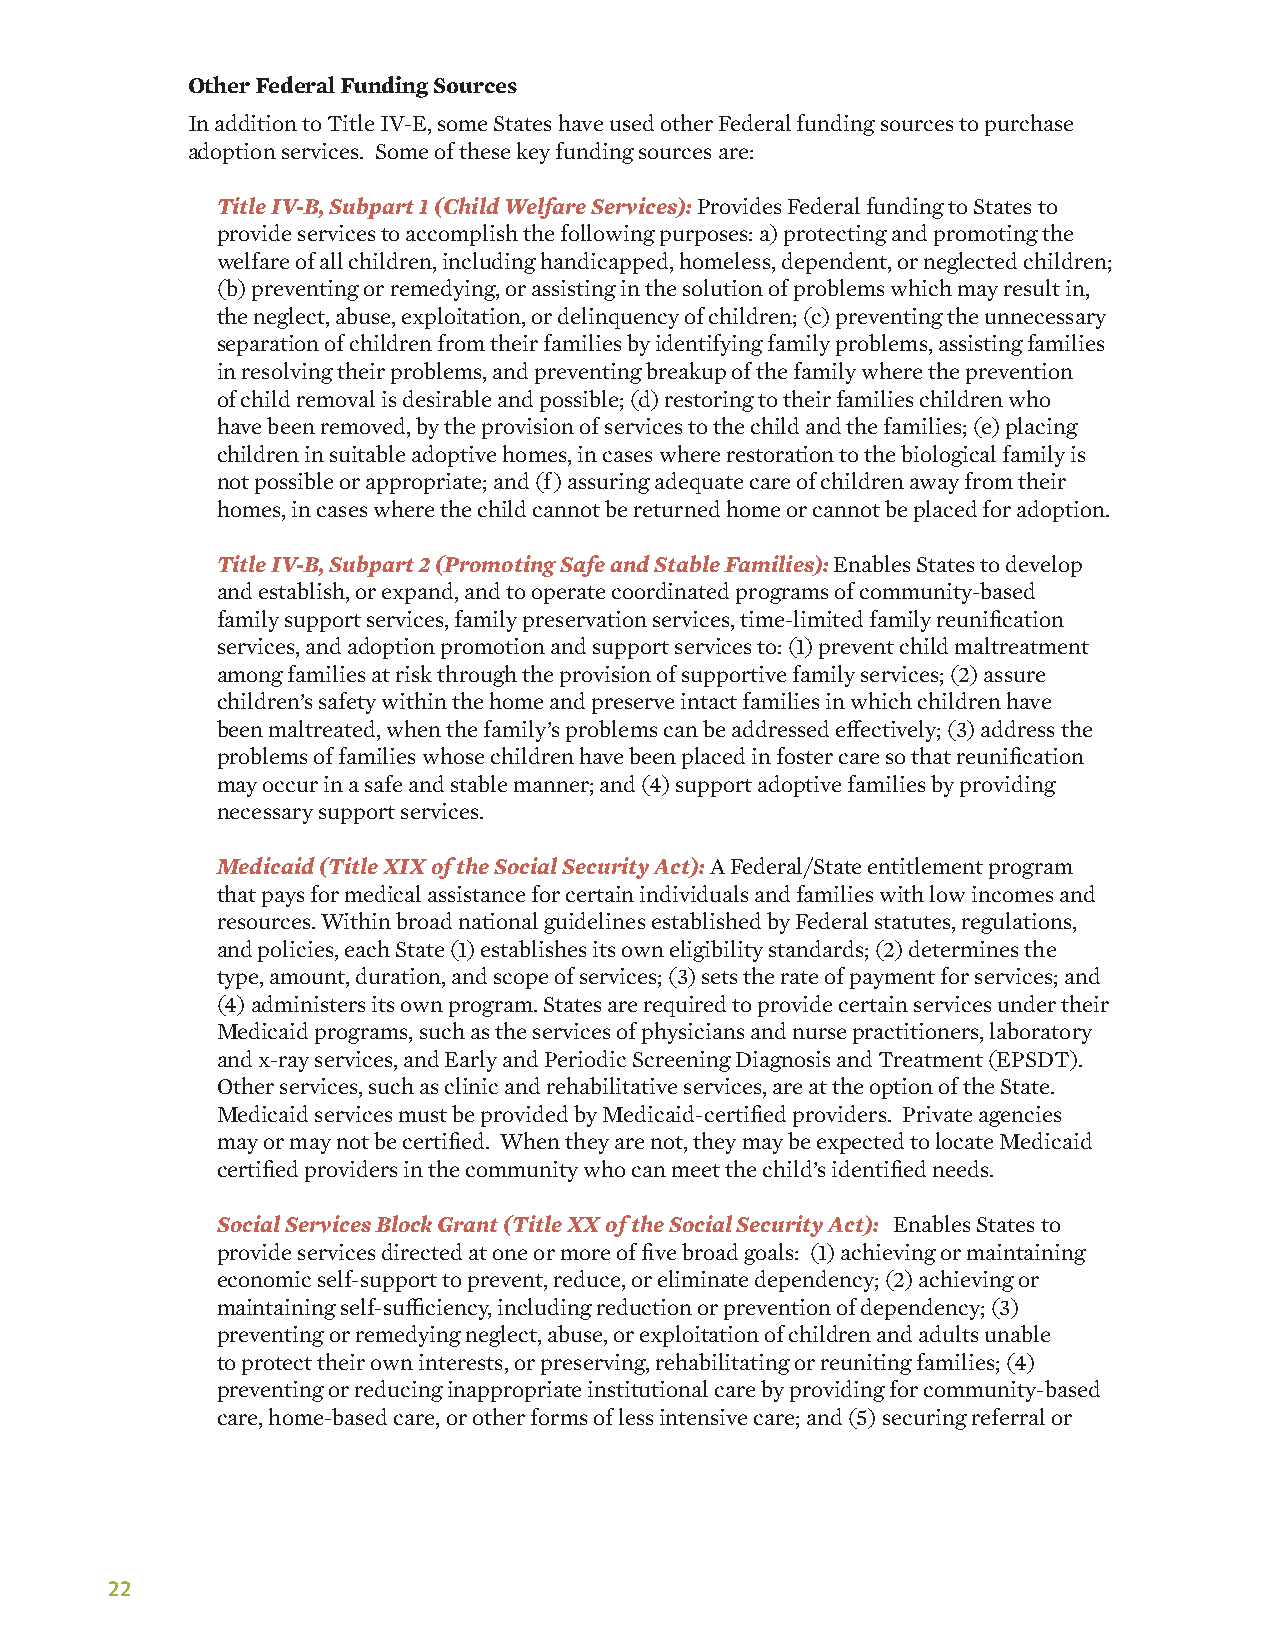
Other Federal Funding Sources
 In addition to Title IV-E, some States have used other Federal funding sources to purchase
 adoption services. Some of these key funding sources are:
 Title IV-B, Subpart 1 (Child Welfare Services): Provides Federal funding to States to
 provide services to accomplish the following purposes: a) protecting and promoting the
 welfare of all children, including handicapped, homeless, dependent, or neglected children;
 (b) preventing or remedying, or assisting in the solution of problems which may result in,
 the neglect, abuse, exploitation, or delinquency of children; (c) preventing the unnecessary
 separation of children from their families by identifying family problems, assisting families
 in resolving their problems, and preventing breakup of the family where the prevention
 of child removal is desirable and possible; (d) restoring to their families children who
 have been removed, by the provision of services to the child and the families; (e) placing
 children in suitable adoptive homes, in cases where restoration to the biological family is
 not possible or appropriate; and (f) assuring adequate care of children away from their
 homes, in cases where the child cannot be returned home or cannot be placed for adoption.
 Title IV-B, Subpart 2 (Promoting Safe and Stable Families): Enables States to develop
 and establish, or expand, and to operate coordinated programs of community-based
 family support services, family preservation services, time-limited family reunification
 services, and adoption promotion and support services to: (1) prevent child maltreatment
 among families at risk through the provision of supportive family services; (2) assure
 children’s safety within the home and preserve intact families in which children have
 been maltreated, when the family’s problems can be addressed effectively; (3) address the
 problems of families whose children have been placed in foster care so that reunification
 may occur in a safe and stable manner; and (4) support adoptive families by providing
 necessary support services.
 Medicaid (Title XIX of the Social Security Act): A Federal/State entitlement program
 that pays for medical assistance for certain individuals and families with low incomes and
 resources. Within broad national guidelines established by Federal statutes, regulations,
 and policies, each State (1) establishes its own eligibility standards; (2) determines the
 type, amount, duration, and scope of services; (3) sets the rate of payment for services; and
 (4) administers its own program. States are required to provide certain services under their
 Medicaid programs, such as the services of physicians and nurse practitioners, laboratory
 and x-ray services, and Early and Periodic Screening Diagnosis and Treatment (EPSDT).
 Other services, such as clinic and rehabilitative services, are at the option of the State.
 Medicaid services must be provided by Medicaid-certified providers. Private agencies
 may or may not be certified. When they are not, they may be expected to locate Medicaid
 certified providers in the community who can meet the child’s identified needs.
 Social Services Block Grant (Title XX of the Social Security Act): Enables States to
 provide services directed at one or more of five broad goals: (1) achieving or maintaining
 economic self-support to prevent, reduce, or eliminate dependency; (2) achieving or
 maintaining self-sufficiency, including reduction or prevention of dependency; (3)
 preventing or remedying neglect, abuse, or exploitation of children and adults unable
 to protect their own interests, or preserving, rehabilitating or reuniting families; (4)
 preventing or reducing inappropriate institutional care by providing for community-based
 care, home-based care, or other forms of less intensive care; and (5) securing referral or
 22